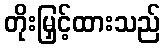
တိုးမြှင့်ထားသည်